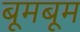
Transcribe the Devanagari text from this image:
बूमबूम